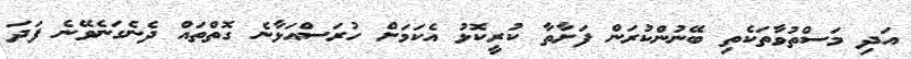
އަދި މަސްތުވާތަކެތި ބޭނުންކުރަން ފަށާތާ ކުރީކޮޅު އެކަމަށް ހުރަސްއަޅާނެ ގޮތްތައް ދެނެގަނެވޭނެ ފަދަ